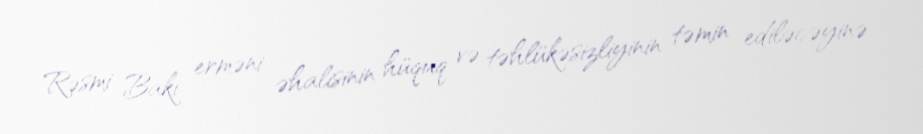
Rəsmi Bakı erməni əhalisinin hüquq və təhlükəsizliyinin təmin ediləcəyinə